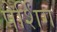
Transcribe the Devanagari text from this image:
पेर्शिंग